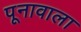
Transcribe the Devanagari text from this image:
पूनावाला